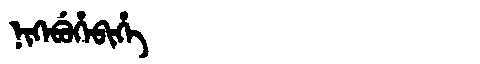
Manchu: ᠨᡳᡴᡝᠪᡠᡥᡝᠪᡳᡥᡝ
Romanization: NIKEBUHEBIHE